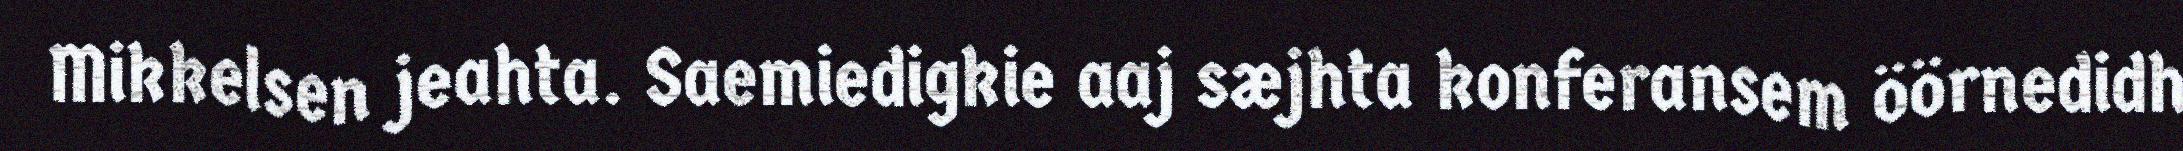
Mikkelsen jeahta. Saemiedigkie aaj sæjhta konferansem öörnedidh